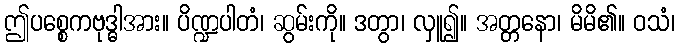
ဤပစ္စေကဗုဒ္ဓါအား။ ပိဏ္ဍပါတံ၊ ဆွမ်းကို။ ဒတွာ၊ လှူ၍။ အတ္တနော၊ မိမိ၏။ ဝသံ၊